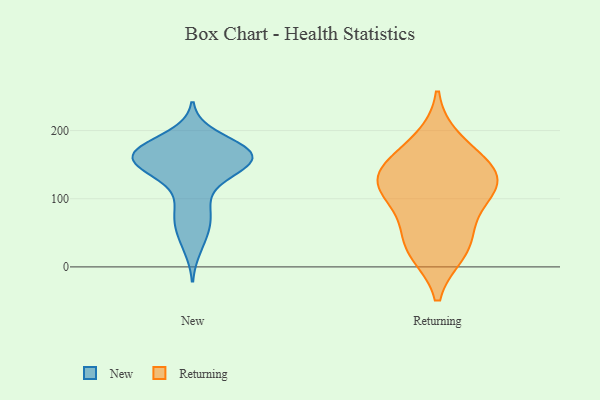
{"axis": {"x": "Humidity (%)", "y": "Value"}, "legend": ["New", "Returning"], "data": [{"x": "", "y": 130, "type": "New"}, {"x": "", "y": 152, "type": "New"}, {"x": "", "y": 162, "type": "New"}, {"x": "", "y": 164, "type": "New"}, {"x": "", "y": 169, "type": "New"}, {"x": "", "y": 159, "type": "New"}, {"x": "", "y": 161, "type": "New"}, {"x": "", "y": 88, "type": "New"}, {"x": "", "y": 166, "type": "New"}, {"x": "", "y": 167, "type": "New"}, {"x": "", "y": 147, "type": "New"}, {"x": "", "y": 191, "type": "New"}, {"x": "", "y": 64, "type": "New"}, {"x": "", "y": 175, "type": "New"}, {"x": "", "y": 82, "type": "New"}, {"x": "", "y": 173, "type": "New"}, {"x": "", "y": 128, "type": "New"}, {"x": "", "y": 29, "type": "New"}, {"x": "", "y": 53, "type": "New"}, {"x": "", "y": 152, "type": "New"}, {"x": "", "y": 107, "type": "Returning"}, {"x": "", "y": 146, "type": "Returning"}, {"x": "", "y": 104, "type": "Returning"}, {"x": "", "y": 143, "type": "Returning"}, {"x": "", "y": 138, "type": "Returning"}, {"x": "", "y": 52, "type": "Returning"}, {"x": "", "y": 23, "type": "Returning"}, {"x": "", "y": 185, "type": "Returning"}, {"x": "", "y": 117, "type": "Returning"}, {"x": "", "y": 28, "type": "Returning"}]}